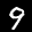
Label: 9